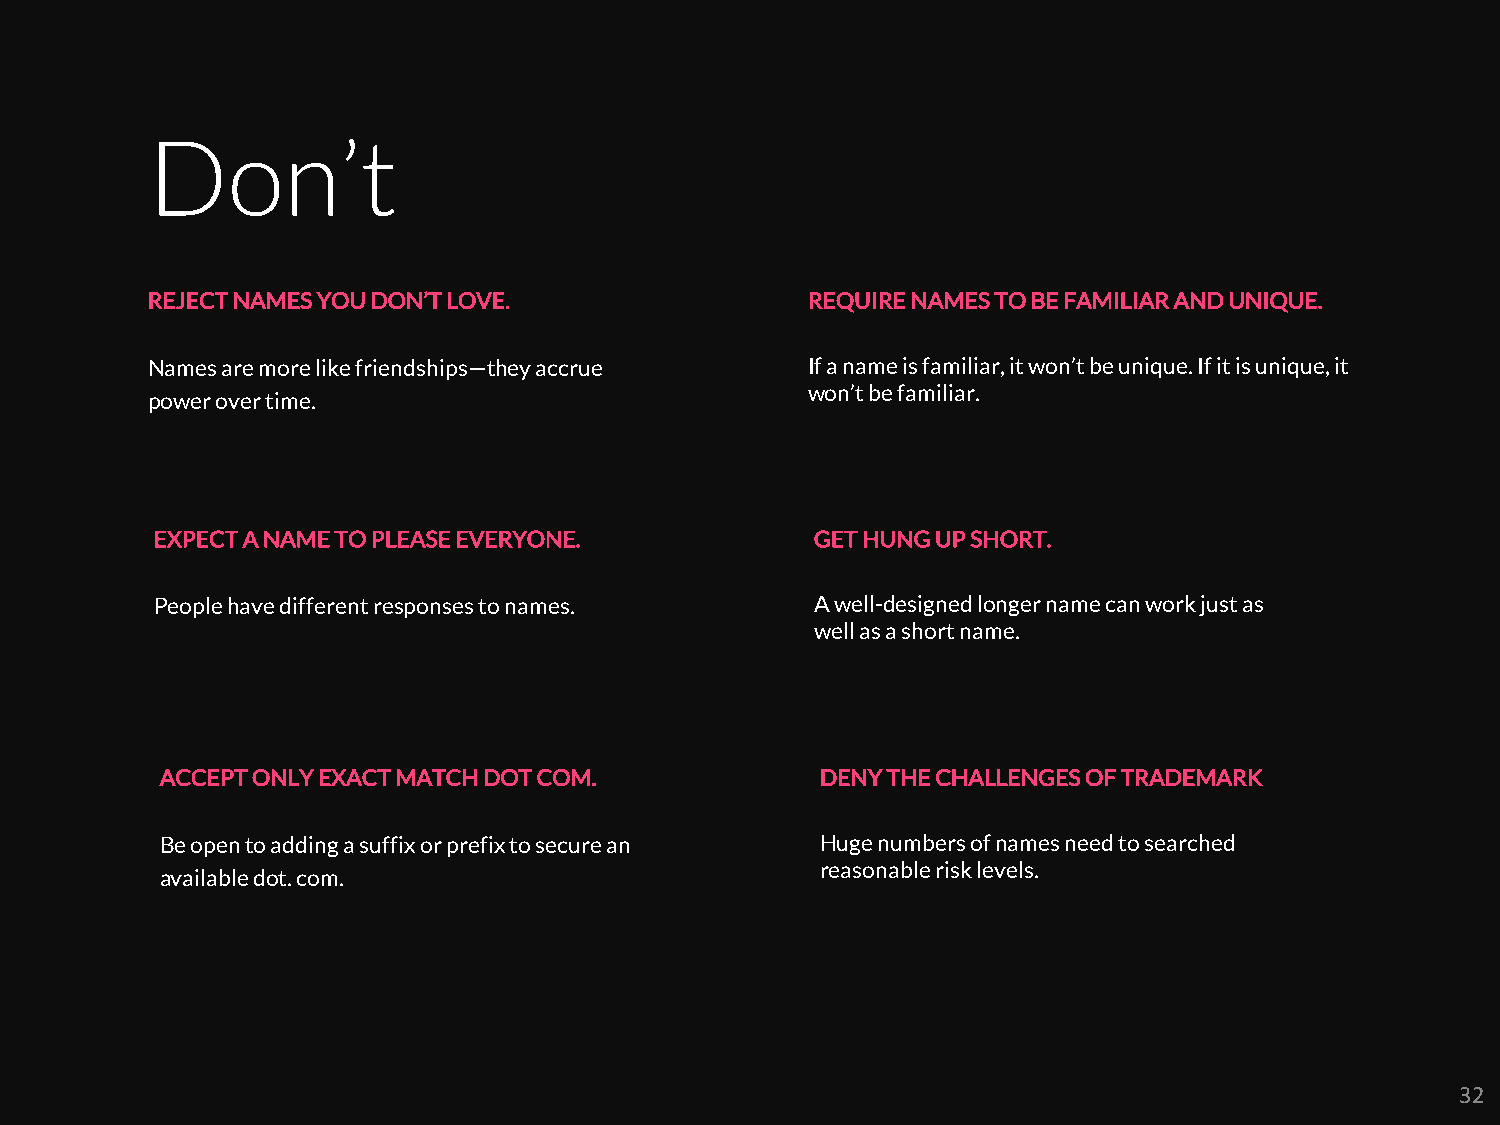
Don’t
 REJECT NAMES YOU DON’T LOVE.               REQUIRE NAMES TO BE FAMILIAR AND UNIQUE.
 Names are more like friendships—they accrue If a name is familiar, it won’t be unique. If it is unique, it
 won’t be familiar.
 power over time.
 EXPECT A NAME TO PLEASE EVERYONE.           GET HUNG UP SHORT.
 People have different responses to names.   A well-designed longer name can work just as
 well as a short name.
 ACCEPT ONLY EXACT MATCH DOT COM.           DENY THE CHALLENGES OF TRADEMARK
 Be open to adding a suffix or prefix to secure an Huge numbers of names need to searched
 reasonable risk levels.
 available dot. com.
 32